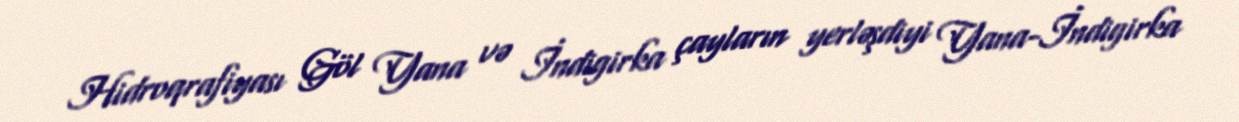
Hidroqrafiyası Göl Yana və İndigirka çayların yerləşdiyi Yana-İndigirka